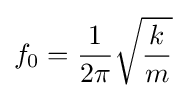
f_{\mathrm {0} }={\frac {1}{2\pi }}{\sqrt {\frac {k}{m}}}